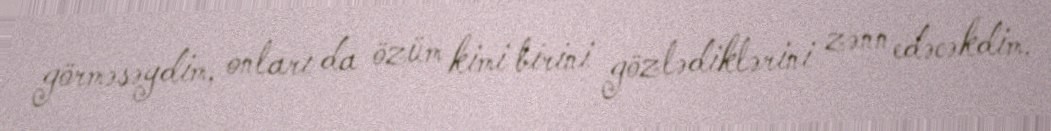
görməsəydim, onları da özüm kimi birini gözlədiklərini zənn edəcəkdim.